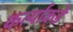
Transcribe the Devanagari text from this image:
कर्त्याकडे